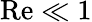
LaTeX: \textrm{Re}\ll 1